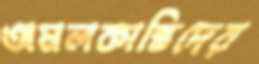
অমলকান্তিদের